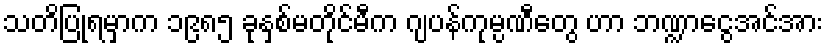
သတိပြုရမှာက ၁၉၈၅ ခုနှစ်မတိုင်မီက ဂျပန်ကုမ္ပဏီတွေ ဟာ ဘဏ္ဍာငွေအင်အား